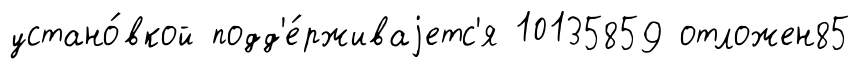
устано́вкой подд'е́рживаjетс'я 10135859 отложен85